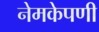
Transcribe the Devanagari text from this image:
नेमकेपणी